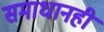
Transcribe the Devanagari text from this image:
समाधानही